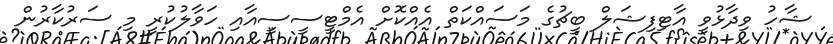
ޝާހު ވިދާޅުވީ އާޓިފިޝަލް ބީޗުގެ މަސައްކަތް އެއްކޮށް އެމްޓީސީސީއާއި ހަވާލުކުރީ މި ސަރުކާރުން